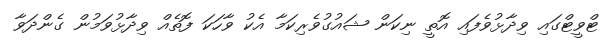
ޓްވީޓްގައި ވިދާޅުވެފައި އޮތީ ނިކަން ޝައުގުވެރިކަމާ އެކު ވާހަކަ ފޮތެއް ވިދާޅުވަމުން ގެންދަވާ